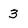
Character: 3